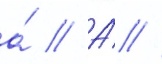
а́ // А́ //